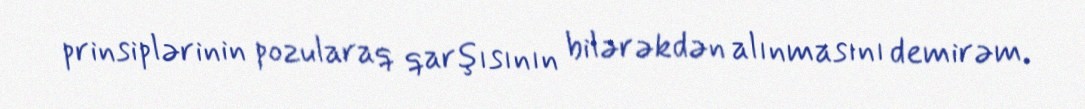
prinsiplərinin pozularaq qarşısının bilərəkdən alınmasını demirəm.